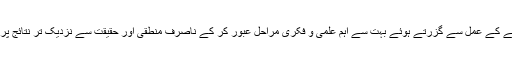
دنوں تھیسز اپنی ویلڈٹی اور حقانیت کو ثابت کرنے کے عمل سے گزرتے ہوئے بہت سے اہم علمی و فکری مراحل عبور کر کے ناصرف منطقی اور حقیقت سے نزدیک تر نتائج پر پہنچ جائیں گے بلکہ فکری تنوع بھی جنم لے گا۔